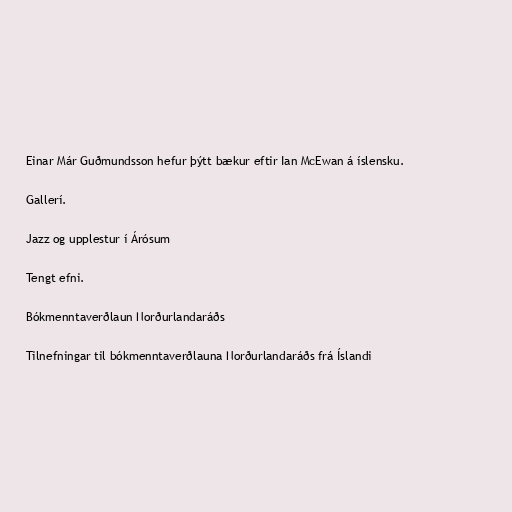
Einar Már Guðmundsson hefur þýtt bækur eftir Ian McEwan á íslensku.

Gallerí.

Jazz og upplestur í Árósum

Tengt efni.

Bókmenntaverðlaun Norðurlandaráðs

Tilnefningar til bókmenntaverðlauna Norðurlandaráðs frá Íslandi